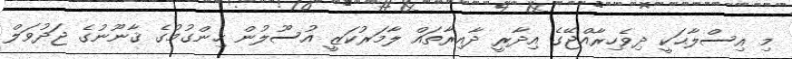
މި އިސްލާޙަކީ ދިވެހިރާއްޖޭގެ އިދާރީ ދާއިރާތައް ލާމަރުކަޒީ އުސޫލުން ހިންގުމުގެ ޤާނޫނުގެ ޖަދުވަލް